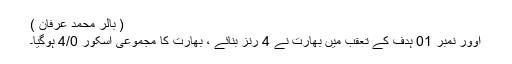
( بالر محمد عرفان )
اوور نمبر 01 ہدف کے تعقب میں بھارت نے 4 رنز بنائے ، بھارت کا مجموعی اسکور 4/0 ہوگیا۔